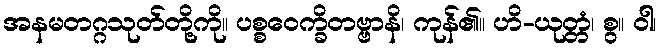
အနမတဂ္ဂသုတ်တို့ကို။ ပစ္စဝေက္ခိတဗ္ဗာနိ၊ ကုန်၏။ ဟိ-ယုတ္တံ၊ စွ။ ဝါ၊